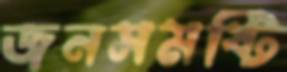
জনসমষ্টি